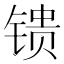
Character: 𬭢